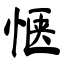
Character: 惬